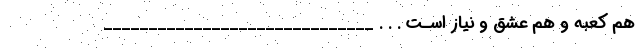
هم کعبه و هم عشق و نیاز اسـت . . . ______________________________